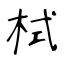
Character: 栻